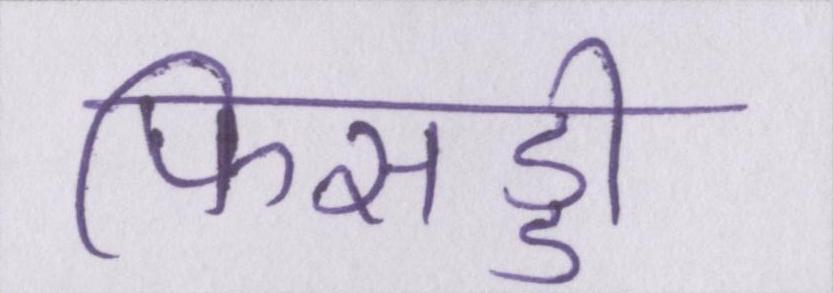
फिसड्डी